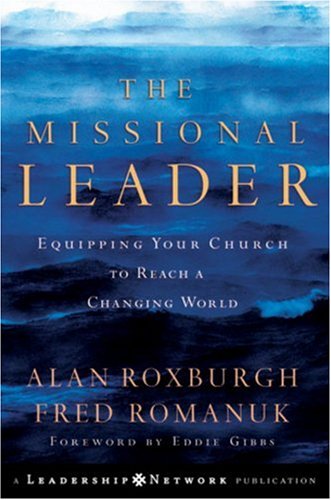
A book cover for The Missional Leader: Equipping Your Church to Reach a Changing World; Alan Roxburgh; Christian Books & Bibles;